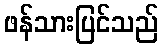
ဖန်သားပြင်သည်